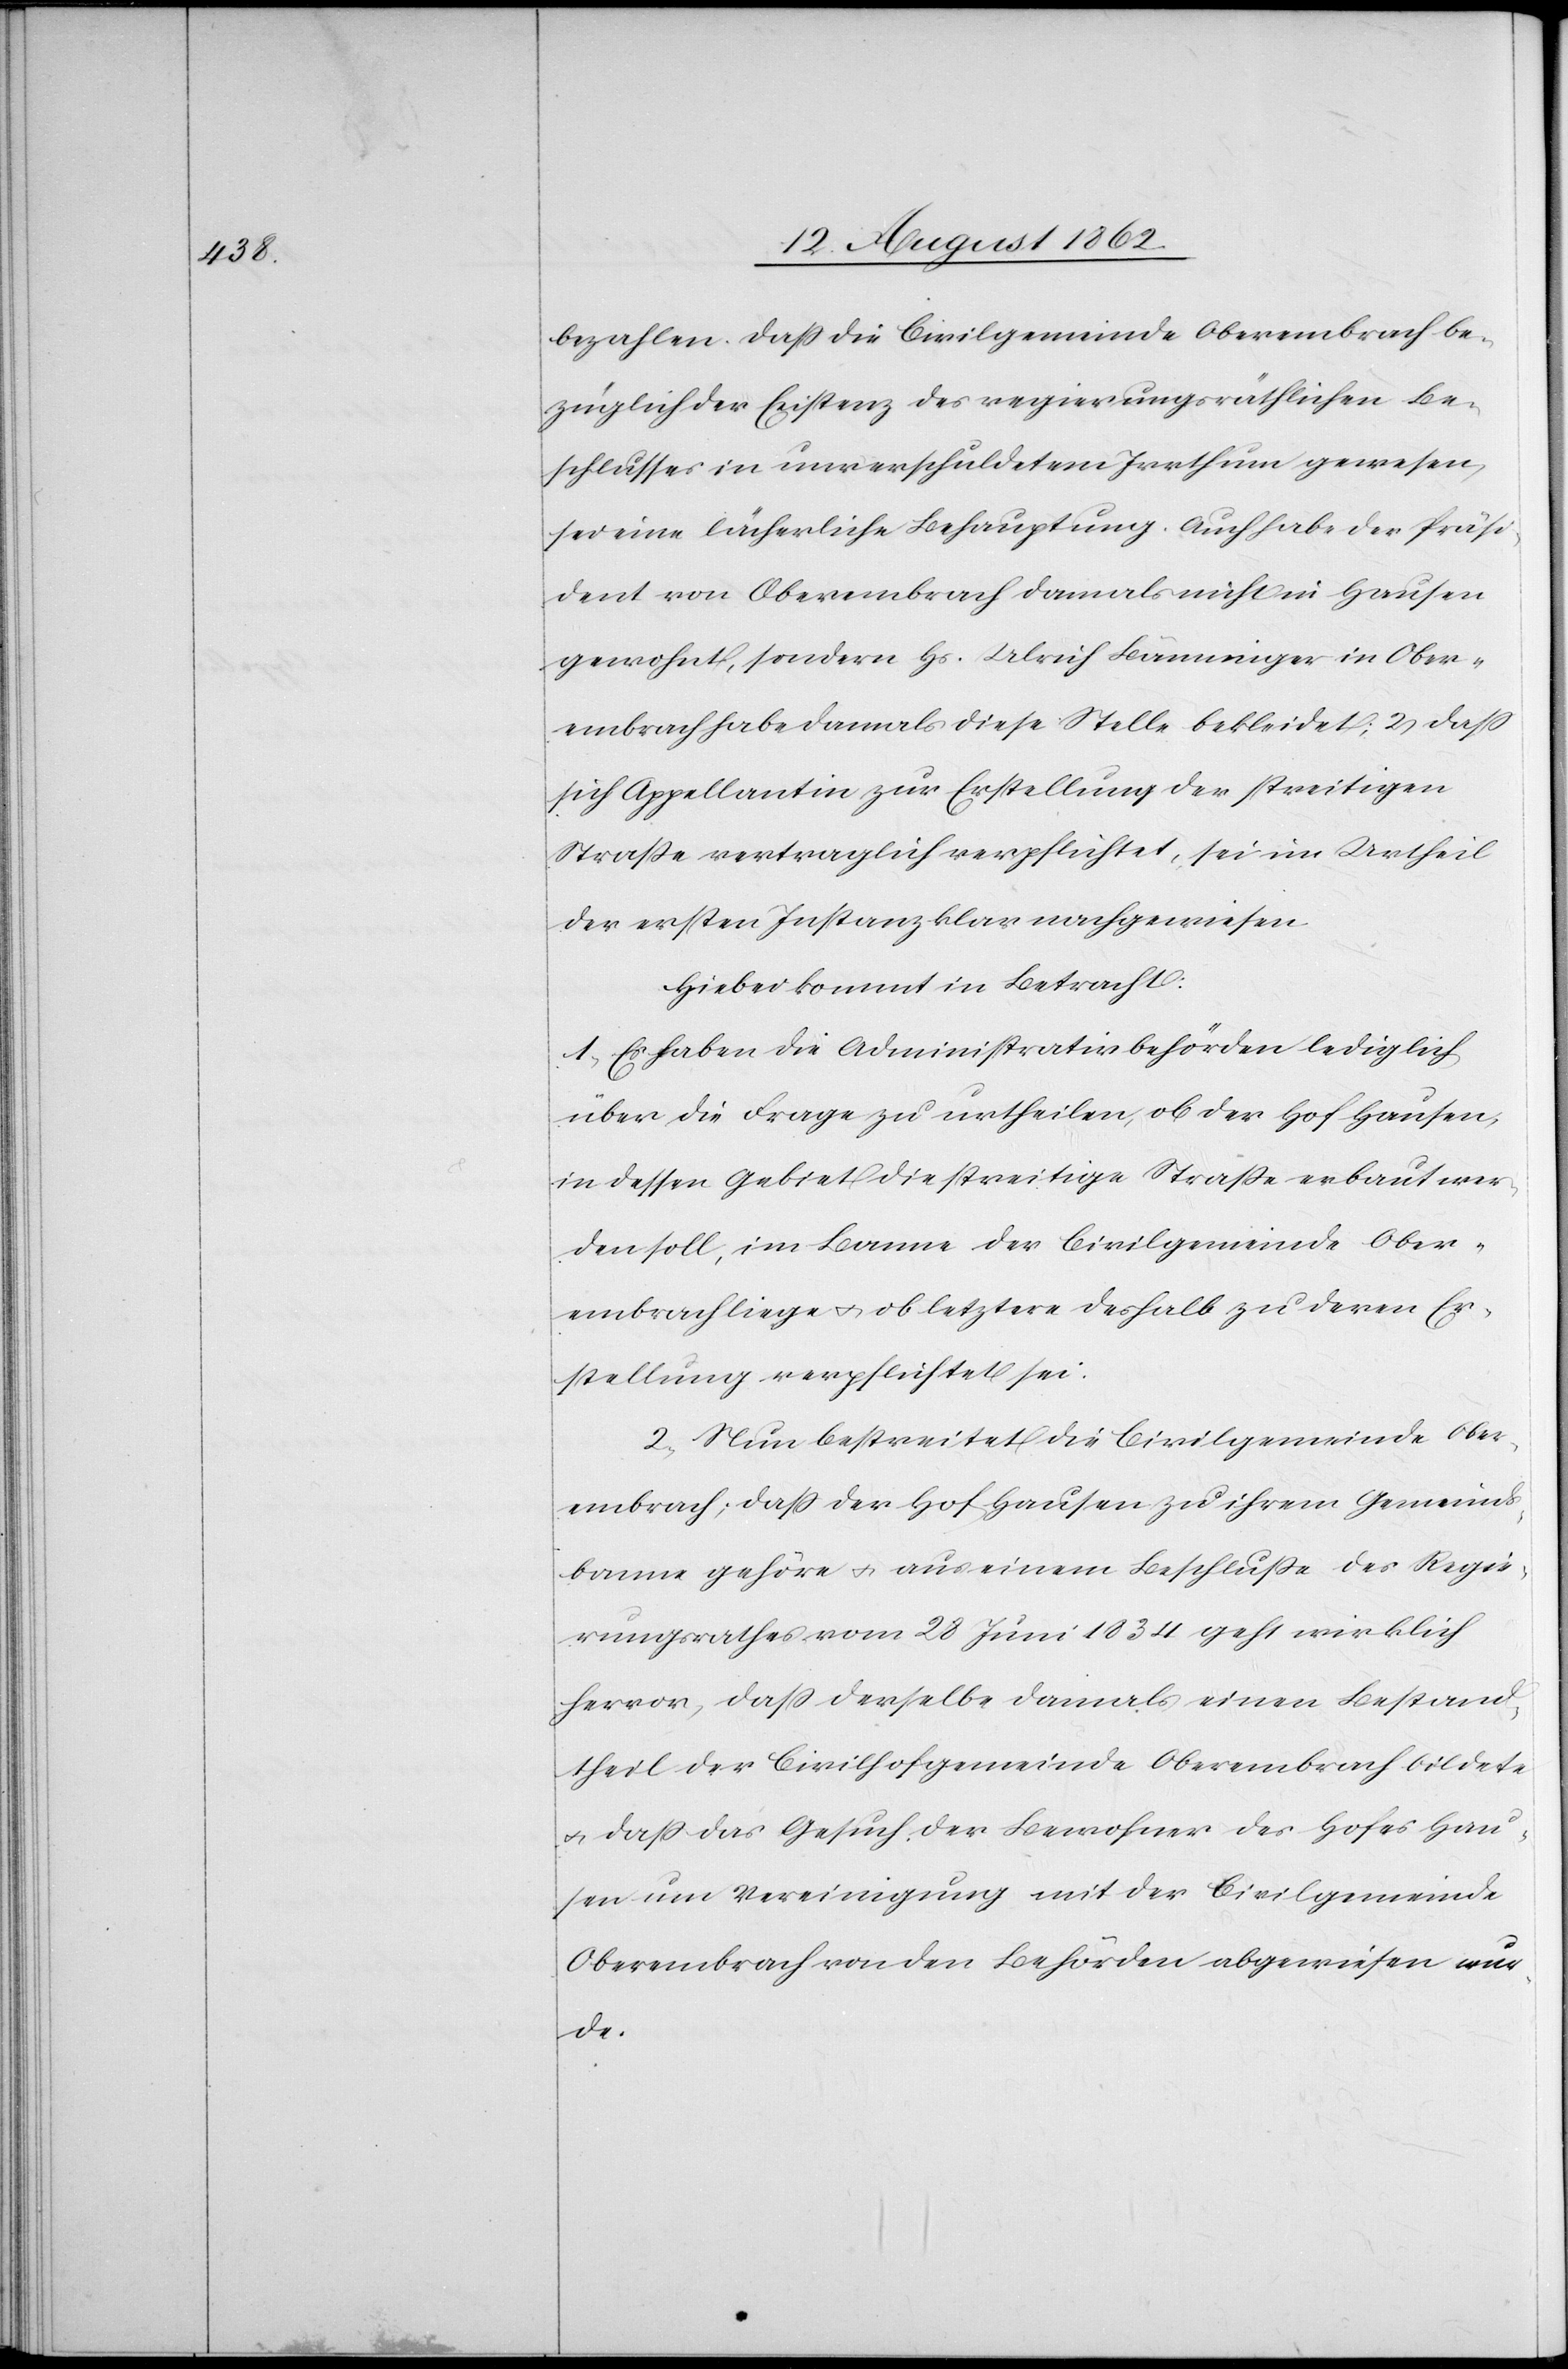
bezahlen. Daß die Civilgemeinde Oberembrach be¬
züglich der Existenz des regierungsräthlichen Be¬
schlusses in unverschuldetem Irrthum gewesen,
sei eine lächerliche Behauptung. Auch habe der Präsi¬
dent von Oberembrach damals nicht in Hausen
gewohnt, sondern Hs. Ulrich Bänninger in Ober¬
embrach habe damals diese Stelle bekleidet; 2) daß
sich Appellantin zur Erstellung der streitigen
Straße vertraglich verpflichtet, sei im Urheil
der ersten Instanz klar nachgewiesen.
Hiebei kommt in Betracht:
1. Es haben die Administrativbehörden lediglich
über die Frage zu urtheilen, ob der Hof Hausen,
in dessen Gebiet die streitige Straße erbaut wer¬
den soll, im Banne der Civilgemeinde Ober¬
embrach liege u. ob letztere deshalb zu deren Er¬
stellung verpflichtet sei.
2. Nun bestreitet die Civilgemeinde Ober¬
embrach, daß der Hof Hausen zu ihrem Gemeinds¬
banne gehöre u. aus einem Beschluße des Regie¬
rungsrathes vom 28. Juni 1834 geht wirklich
hervor, daß derselbe damals einen Bestand¬
theil der Civilhofgemeinde Oberembrach bildete
u. daß das Gesuch der Bewohner des Hofes Hau¬
sen um Vereinigung mit der Civilgemeinde
Oberembrach von den Behörden abgewiesen wur¬
de.